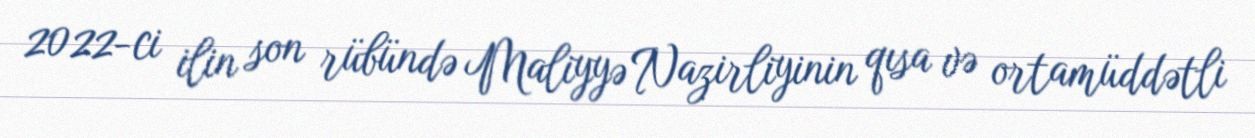
2022-ci ilin son rübündə Maliyyə Nazirliyinin qısa və ortamüddətli